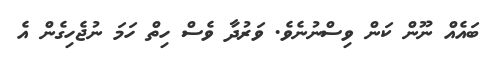
ބައެއް ނޫން ކަން ވިސްނުނެވެ. ވަރުދާ ވެސް ހިތް ހަމަ ނުޖެހިގެން އެ